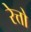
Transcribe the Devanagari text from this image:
रेत्तो